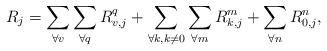
LaTeX: \begin{align*} R_j=\sum\limits_{\forall v}\sum\limits_{\forall q} R_{v,j}^q + \sum\limits_{\forall k, k\ne0}\sum\limits_{\forall m} R_{k,j}^m +\sum\limits_{\forall n} R_{0,j}^n,\end{align*}